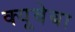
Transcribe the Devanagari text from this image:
क्यूबेबा